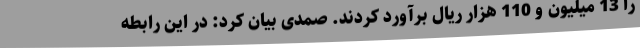
را 13 میلیون و 110 هزار ریال برآورد کردند. صمدی بیان کرد: در این رابطه